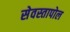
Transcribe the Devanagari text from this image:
सेवस्तापोल